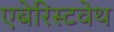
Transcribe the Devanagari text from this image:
एबेरिस्टवेथ